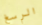
الرسغ